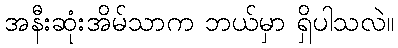
အနီးဆုံးအိမ်သာက ဘယ်မှာ ရှိပါသလဲ။